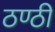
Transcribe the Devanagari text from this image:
ठण्ठी